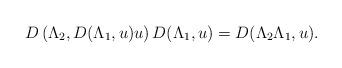
LaTeX: \begin{align*}D\left(\Lambda_2, D(\Lambda_1, u) u\right)D(\Lambda_1, u) = D(\Lambda_2 \Lambda_1, u).\end{align*}